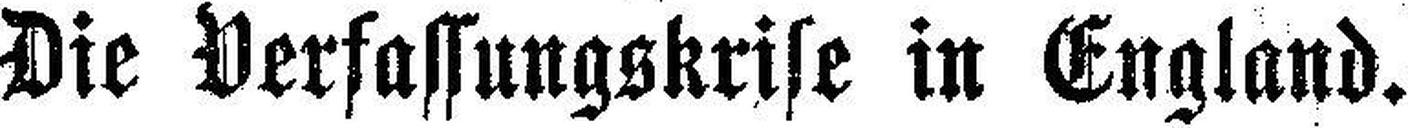
Die Verfassungskrise in England.